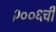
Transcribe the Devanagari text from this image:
२००६ची